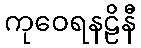
ကုဝေရနဠိနီ